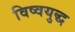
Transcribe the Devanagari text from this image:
विष्वयुद्ध